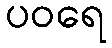
ပဝရေ